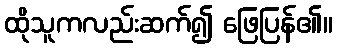
ထိုသူကလည်းဆက်၍ ဖြေပြန်၏။